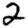
Digit: 2